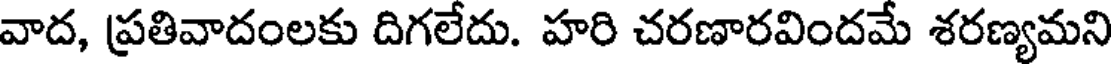
వాద, ప్రతివాదంలకు దిగలేదు. హరి చరణారవిందమే శరణ్యమని